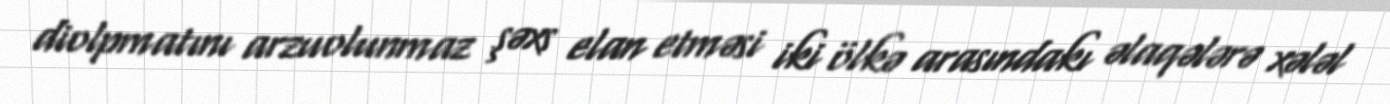
diolpmatını arzuolunmaz şəxs elan etməsi iki ölkə arasındakı əlaqələrə xələl